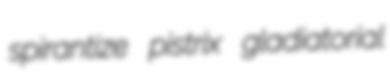
spirantize pistrix gladiatorial